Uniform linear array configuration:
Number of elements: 48
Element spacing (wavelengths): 0.75
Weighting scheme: hamming
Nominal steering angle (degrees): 15
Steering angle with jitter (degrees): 13.185
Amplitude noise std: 0.05
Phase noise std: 0.05

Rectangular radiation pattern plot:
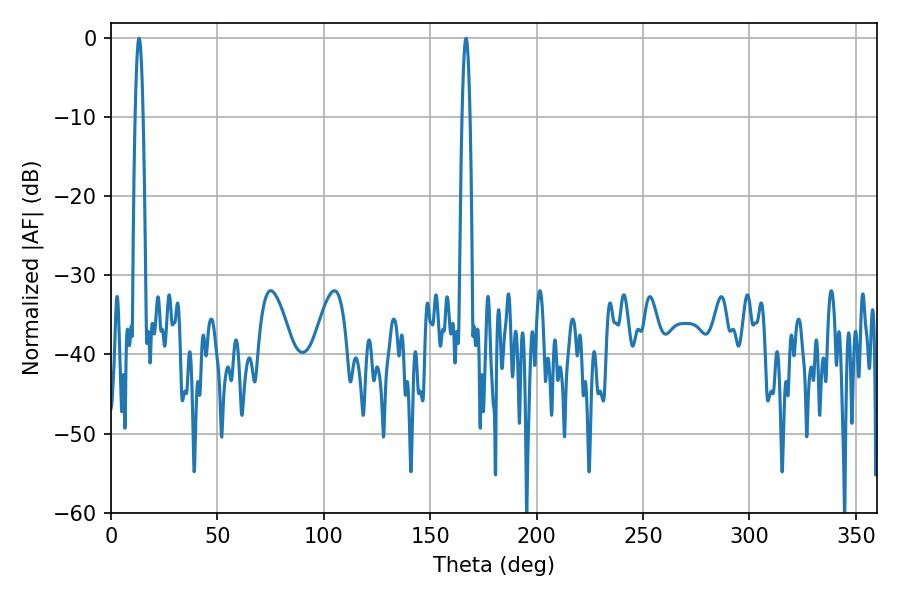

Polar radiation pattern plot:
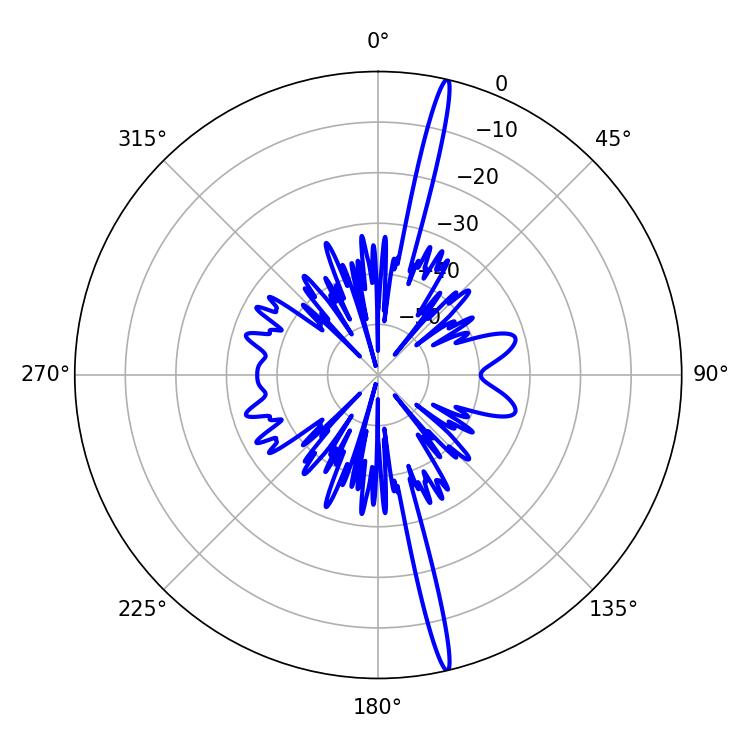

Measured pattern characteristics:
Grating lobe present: TRUE
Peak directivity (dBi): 20.47
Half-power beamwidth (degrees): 1.98
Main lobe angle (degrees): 13.14